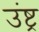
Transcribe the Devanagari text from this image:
उंष्ट्र